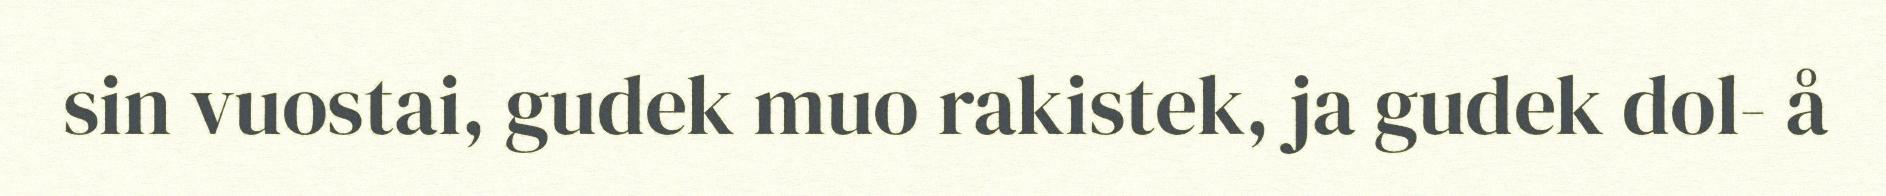
sin vuostai, gudek muo rakistek, ja gudek dol- å